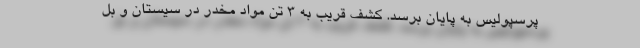
پرسپولیس به پایان برسد. کشف قریب به 3 تن مواد مخدر در سیستان و بل